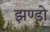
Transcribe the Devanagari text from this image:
झण्डो